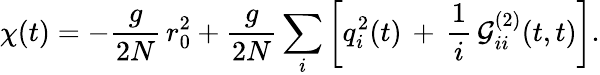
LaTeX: \chi(t)=-\frac{g}{2N}\, r_{0}^{2}+\frac{g}{2N}\sum_{i}\left[q_{i}^{2}(t)\, +\, \frac{1}{i}\, {\cal G}_{ii}^{(2)}(t,t)\right].